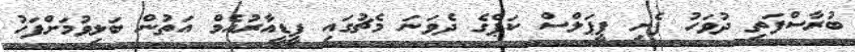
ބުރާސްފަތި ދުވަހު ފެށި ޕީޕަލްސް ކަޕްގެ ދެވަނަ މެޗުގައި ޕީޑީއާރުއެމް އަތުން ބަލިވުމަށްފަހު